Indian journal of veterinary science and animal husbandry - Volume 14,
Year: 1944
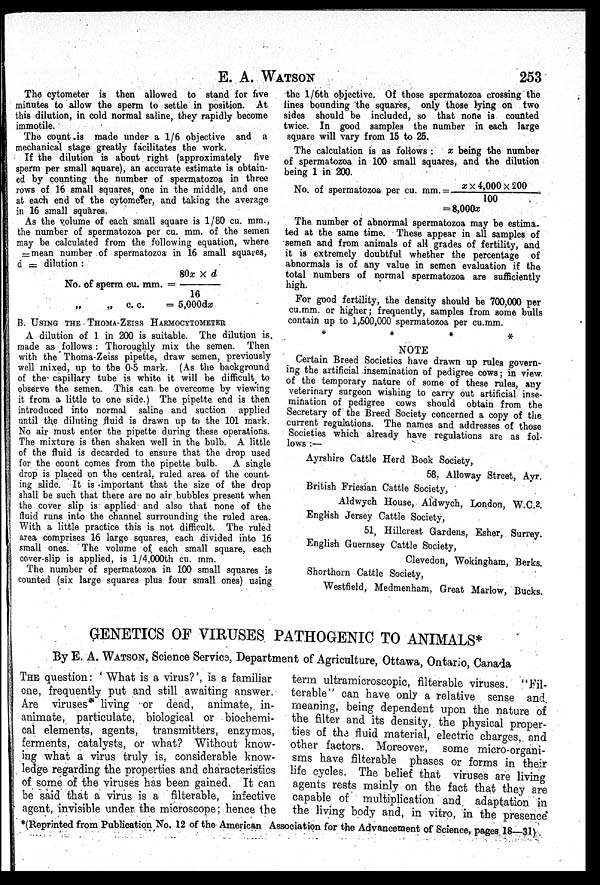
E. A.
WATSON
253
The cytometer is then allowed to stand for five
minutes to allow the sperm to settle in position. At
this dilution, in cold normal saline, they rapidly become
immotile.
The count .is made under a 1/6 objective and a
mechanical stage greatly facilitates the work.
If the dilution is about right (approximately five
sperm per small square), an accurate estimate is obtain-
ed by counting the number of spermatozoa in three
rows of 16 small squares, one in the middle, and one
at each end of the cytometer, and taking the average
in 16 small squares.
As the volume of each small square is 1/80 cu. mm.,
the number of spermatozoa per cu. mm. of the semen
may be calculated from the following equation, where
= mean number of spermatozoa in 16 small squares,
d = dilution :
No. of sperm cu. mm. = 80x × d/16
„
„ c. c.
= 5,000dx
B. USING THE THOMA-ZEISS HAEMOCYTOMETER
A dilution of 1 in 200 is suitable. The dilution is.
made as follows : Thoroughly mix the semen. Then
with the Thoma-Zeiss pipette, draw semen, previously
well mixed, up to the 0.5 mark. (As the background
of the capillary tube is white it will be difficult to
observe the semen. This can. be overcome by viewing
it from a little to one side.) The pipette end is then
introduced into normal saline and suction applied
until the diluting fluid is drawn up to the 101 mark.
No air must enter the pipette during these operations.
The mixture is then shaken well in the bulb. A little
of the fluid is decarded to ensure that the drop used
for the count comes from the pipette bulb. A single
drop is placed on the central, ruled area of the count-
ing slide. It is important that the size of the drop
shall be such that there are no air bubbles present when
the cover slip is applied and also that none of the
fluid runs into the channel surrounding the ruled area.
With a little practice this is not difficult. The ruled
area comprises 16 large squares, each divided into 16
small ones. The volume of each small square, each
cover-slip is applied, is l/4,000th cu. mm.
The number of spermatozoa in 100 small squares is
counted (six large squares plus four small ones) using
the l/6th objective. Of those spermatozoa crossing the
lines bounding the squares, only those lying on two
sides should be included, so that none is counted
twice. In good samples the number in each large
square will vary from 15 to 25.
The calculation is as follows : x being the number
of spermatozoa in 100 small squares, and the dilution
being 1 in 200.
No. of spermatozoa per cu. m
= 8,000x
The number of abnormal spermatozoa may be estima-
ted at the same time. These appear in all samples of
semen and from animals of all grades of fertility, and
it is extremely doubtful whether the percentage of
abnormals is of any value in semen evaluation if the
total numbers of normal spermatozoa are sufficiently
high.
For good fertility, the density should be 700,000 per
cu.mm. or higher; frequently, samples from some bulls
contain up to 1,500,000 spermatozoa per cu.mm.
* * * *
NOTE
Certain Breed Societies have drawn up rules govern-
ing the artificial insemination of pedigree cows; in view
of the temporary nature of some of these rules, any
veterinary surgeon wishing to carry out artificial inse-
mination of pedigree cows should obtain from the
Secretary of the Breed Society concerned a copy of the
current regulations. The names and addresses of those
Societies which already have regulations are as fol-
lows :—
Ayrshire Cattle Herd Book Society,
58, Alloway Street, Ayr.
British Friesian Cattle Society,
Aldwych House, Aldwych, London, W.C.2.
English Jersey Cattle Society,
51, Hillcrest Gardens, Esher, Surrey.
English Guernsey Cattle Society,
Clevedon, Wokingham, Berks.
Shorthorn Cattle Society,
Westfield, Medmenham, Great Marlow, Bucks.
GENETICS OF VIRUSES PATHOGENIC TO ANIMALS*
By E. A. WATSON, Science Service, Department of Agriculture, Ottawa, Ontario, Canada
THE question: ' What is a virus?', is a familiar
one, frequently put and still awaiting answer.
Are viruses living or dead, animate, in-
animate, particulate, biological or biochemi-
cal elements, agents, transmitters, enzymes,
ferments, catalysts, or what? Without know-
ing what a virus truly is, considerable know-
ledge regarding the properties and characteristics
of some of the viruses has been gained. It can
be said that a virus is a filterable, infective
agent, invisible under the microscope; hence the
term ultramicroscopic, filterable viruses. "Fil-
terable" can have only a relative sense and.
meaning, being dependent upon the nature of
the filter and its density, the physical proper-
ties of the fluid material, electric charges, and
other factors. Moreover,
some micro-organi-
sms have filterable phases or forms in their
life cycles. The belief that viruses are living
agents rests mainly on the fact that they are
capable of multiplication and adaptation in
the living body and, in vitro, in the presence
*(Reprinted from Publication No. 12 of the American Association for the Advancement of Science, pages 18—31)